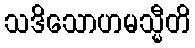
သဒိသောဟမသ္မီတိ